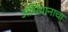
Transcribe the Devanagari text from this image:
अभियानाचा